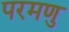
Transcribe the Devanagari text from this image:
परमणु